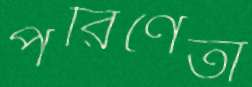
পরিণেতা